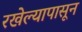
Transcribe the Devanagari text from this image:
रखेल्यापासून